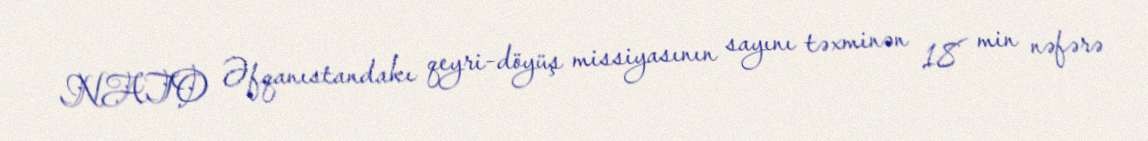
NATO Əfqanıstandakı qeyri-döyüş missiyasının sayını təxminən 18 min nəfərə